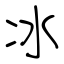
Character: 冰